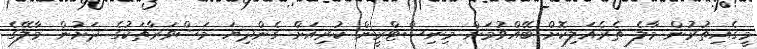
މީގެއިތުރުން މާލެ ތެރެއަލިކޮށް ބޭއްވުމަށް މިނިސްޓްރީން ކުރިއަށް ގެންދިޔަ މަޝްވަރާތަކުގެ ދަށުން މާލޭގެ